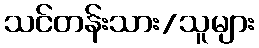
သင်တန်းသား/သူများ